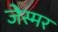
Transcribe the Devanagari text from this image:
जेस्मर